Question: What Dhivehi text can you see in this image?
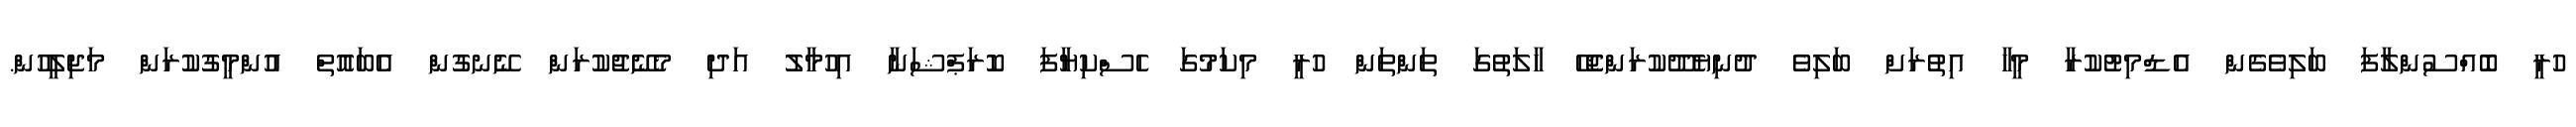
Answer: ހުރީ ބޮއްސުންލާފަ ބަލިވެގެން އެޑްމިޓުކުރާ މީހާ އިތުރަށް ބަލިވެ ދުނިޔެދޫކުރަންޖެހޭ ހާލަތުގަ ތަންތަން ހުރީ މިކަމުގަ ހެސްކިޔާފަ ކޮރަޕްޝަނާ އިހުމާލު އަދި މެނޭޖުކުރަން ނޭނގުން އެބައޮތް އުންމީގުކުރަން މަޖިލީހުން.